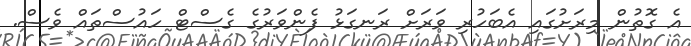
އެ ގޮތުން މިރަށުގައި އެބަހުރި ވަރަށް ރަނގަޅު ފެންވަރުގެ ގެސްޓް ހައުސްތައް ވެސް.